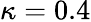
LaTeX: \kappa=0.4